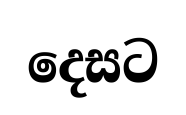
දෙසට